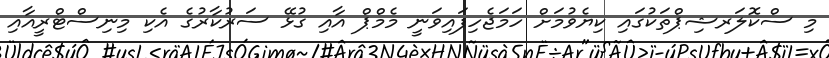
މި ސްކޮލަރޝިޕްތަކުގައި ކިޔެވުމަށް ހަމަޖެހިފައިވަނީ މެމްޕް އާއި ގުޅޭ ސަރުކާރުގެ އެކި މިނިސްޓްރީއާއި